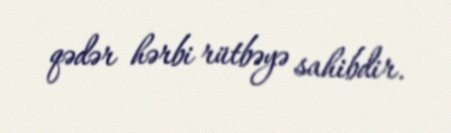
qədər hərbi rütbəyə sahibdir.